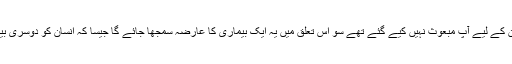
باقی عام دنیا کے امور جن کے لیے آپؐ مبعوث نہیں کیے گئے تھے سو اس تعلق میں یہ ایک بیماری کا عارضہ سمجھا جائے گا جیسا کہ انسان کو دوسری بیماریاں لاحق ہو جاتی ہیں۔